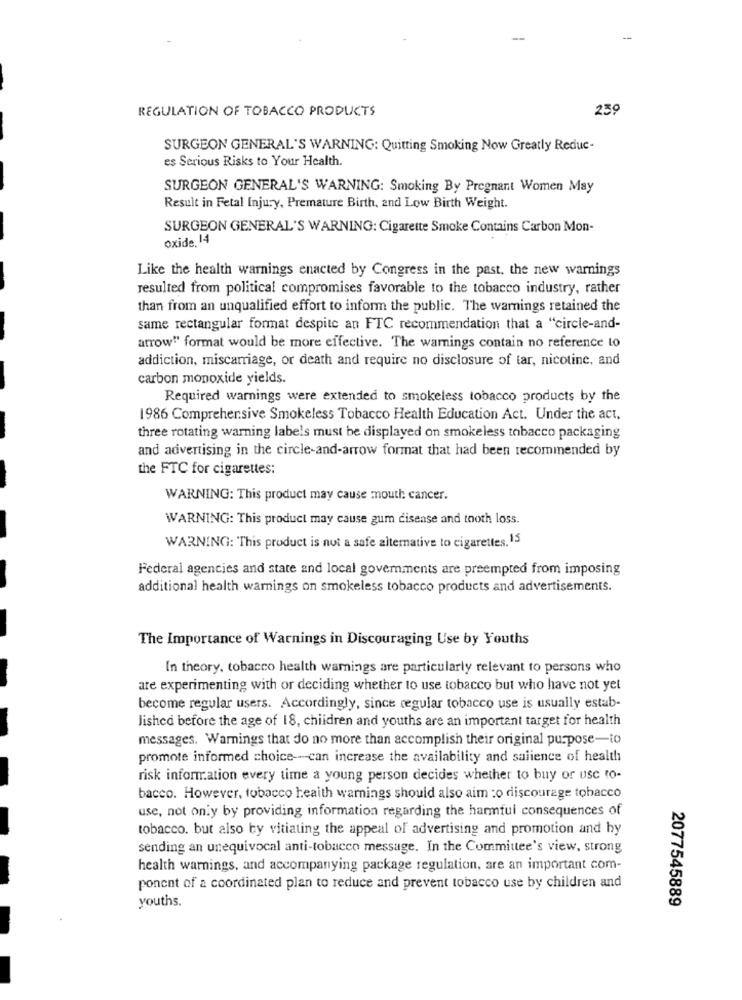
-
REGULATION OF TOBACCO PRODUCTS
239
SURGEON GENERAL'S WARNING: Quitting Smoking Now Greatly Reduc-
es Serious Risks to Your Health.
SURGEON GENERAL'S WARNING: Smoking By Pregnant Women May
Result in Fetal Injury, Premature Birth, and Low Birth Weight.
SURGEON GENERAL'S WARNING: Cigarette Smoke Contains Carbon Mon-
oxide. 14
Like the health warnings enacted by Congress in the past, the new warnings
resulted from political compromises favorable to the tobacco industry, rather
than from an unqualified effort to inform the public. The warnings retained the
same rectangular format despite an FTC recommendation that a "circle-and-
arrow" format would be more effective. The warnings contain no reference to
addiction, miscarriage, or death and require no disclosure of tar, nicotine, and
carbon monoxide yields.
Required warnings were extended to smokeless tobacco products by the
1986 Comprehensive Smokeless Tobacco Health Education Act. Under the act.
three rotating warning labels must be displayed on smokeless tobacco packaging
and advertising in the circle-and-arrow format that had been recommended by
the FTC for cigarettes:
WARNING: This product may cause mouth cancer.
WARNING: This product may cause gum disease and tooth loss.
WARNING: This product is not a safe alternative to cigarettes.15
Federal agencies and state and local govemments are preempted from imposing
additional health warnings on smokeless tobacco products and advertisements.
The Importance of Warnings in Discouraging Use by Youths
In theory, tobacco health warnings are particularly relevant to persons who
are experimenting with or deciding whether to use tobacco but who have not yet
become regular users. Accordingly, since regular tobacco use is usually estab-
lished before the age of 18, children and youths are an important target for health
messages. Warnings that do no more than accomplish their original purpose-to
promote informed choice -- can increase the availability and salience of health
risk information every time a young person decides whether to buy or use to-
bacco. However, tobacco heaith warnings should also aim :o discourage tobacco
use, not only by providing information regarding the harmful consequences of
tobacco. but also by vitiating the appeal of advertising and promotion and by
sending an unequivocal anti-tobacco message. In the Committee's view, strong
health warnings, and accompanying package regulation, are an important com-
ponent of a coordinated plan to reduce and prevent tobacco use by children and
youths.
2077545889